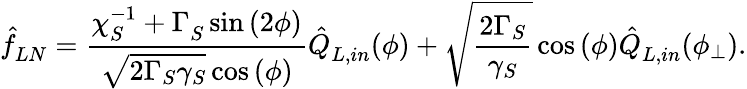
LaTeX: \hat{f}_{LN}^{}=\frac{\chi_{S}^{-1}+\Gamma_{S}^{}\sin{(2\phi)}}{\sqrt{2\Gamma_{S}\gamma_{S}}\cos{(\phi)}}\hat{Q}_{L,in}^{}(\phi)+\sqrt{\frac{2\Gamma_{S}}{\gamma_{S}}}\cos{(\phi)}\hat{Q}_{L,in}^{}(\phi_{\bot}).